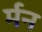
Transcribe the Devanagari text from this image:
र्मन